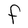
Character: F